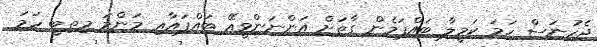
ޖެހުނަސް ހަމަ ކަމީލާ ބައްޕަމެން ގާތަށް އަންނަންވީއޭ ބައްޕައާއި މަންމަ މިތިބީ ހަމަ